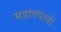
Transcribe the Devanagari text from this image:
महातपस्वी